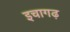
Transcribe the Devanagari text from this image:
इचागढ़